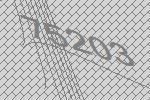
75203